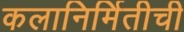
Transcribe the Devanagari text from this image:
कलानिर्मितीची